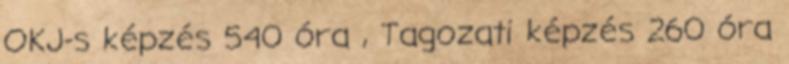
OKJ-s képzés 540 óra , Tagozati képzés 260 óra